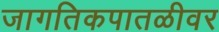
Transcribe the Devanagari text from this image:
जागतिकपातळीवर